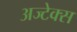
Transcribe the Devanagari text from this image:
अज्टेक्स